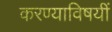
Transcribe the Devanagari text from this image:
करण्याविषयीं